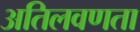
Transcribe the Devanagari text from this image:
अतिलवणता